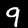
Label: 9